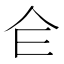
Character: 仺